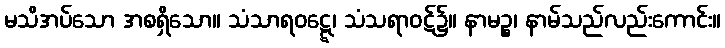
မသိအပ်သော အစရှိသော။ သံသာရဝဋ္ဋေ၊ သံသရာဝဋ်၌။ နာမဉ္စ၊ နာမ်သည်လည်းကောင်း။